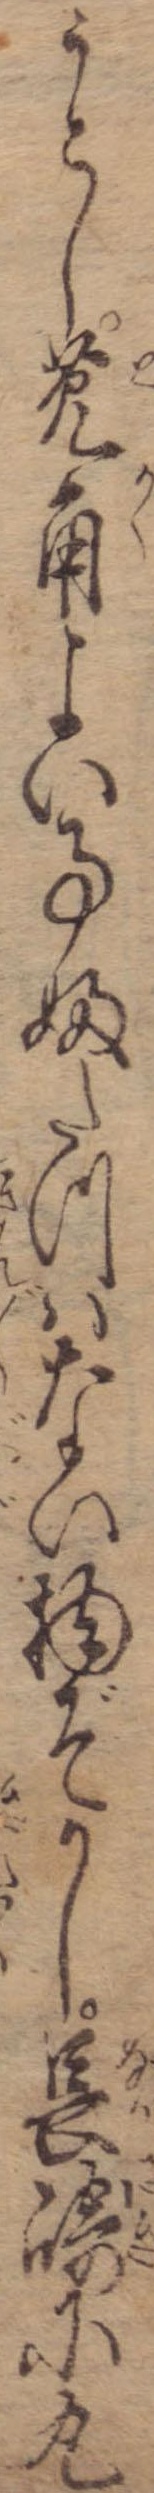
うとし菟角よい事ふたつはない物ぞかし長崎に丸